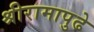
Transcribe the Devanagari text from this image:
श्रीरामापुढे